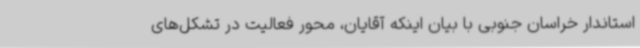
استاندار خراسان جنوبی با بیان اینکه آقایان، محور فعالیت در تشکل‌های